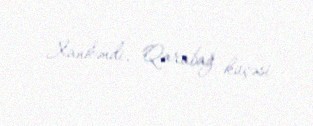
Xankəndi, Qarabağ küçəsi